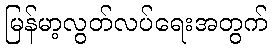
မြန်မာ့လွတ်လပ်ရေးအတွက်